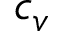
c _ { v }